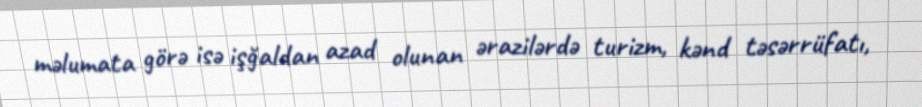
məlumata görə isə işğaldan azad olunan ərazilərdə turizm, kənd təsərrüfatı,